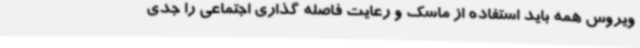
ویروس همه باید استفاده از ماسک و رعایت فاصله گذاری اجتماعی را جدی